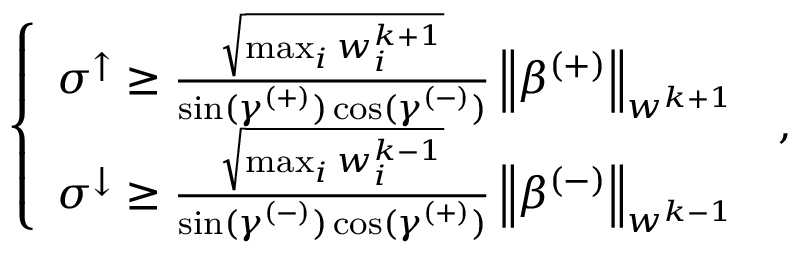
\begin{array} { r } { \left\{ \begin{array} { l l } { \sigma ^ { \uparrow } \geq \frac { \sqrt { \operatorname* { m a x } _ { i } w _ { i } ^ { k + 1 } } } { \sin ( \gamma ^ { ( + ) } ) \cos ( \gamma ^ { ( - ) } ) } \left\lVert \beta ^ { ( + ) } \right\rVert _ { w ^ { k + 1 } } } \\ { \sigma ^ { \downarrow } \geq \frac { \sqrt { \operatorname* { m a x } _ { i } w _ { i } ^ { k - 1 } } } { \sin ( \gamma ^ { ( - ) } ) \cos ( \gamma ^ { ( + ) } ) } \left\lVert \beta ^ { ( - ) } \right\rVert _ { w ^ { k - 1 } } } \end{array} \right. \, , } \end{array}